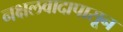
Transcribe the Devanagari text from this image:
नक्षलवादापासून